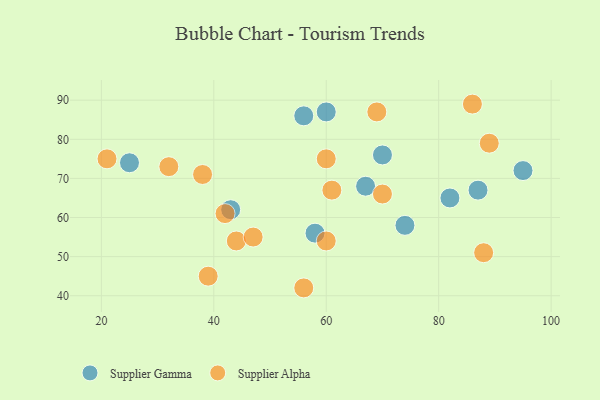
{"axis": {"x": "GDP", "y": "Life Expectancy"}, "legend": ["Supplier Alpha", "Supplier Gamma"], "data": [{"x": "70", "y": 76, "type": "Supplier Gamma"}, {"x": "58", "y": 56, "type": "Supplier Gamma"}, {"x": "60", "y": 87, "type": "Supplier Gamma"}, {"x": "87", "y": 67, "type": "Supplier Gamma"}, {"x": "43", "y": 62, "type": "Supplier Gamma"}, {"x": "67", "y": 68, "type": "Supplier Gamma"}, {"x": "82", "y": 65, "type": "Supplier Gamma"}, {"x": "25", "y": 74, "type": "Supplier Gamma"}, {"x": "95", "y": 72, "type": "Supplier Gamma"}, {"x": "74", "y": 58, "type": "Supplier Gamma"}, {"x": "56", "y": 86, "type": "Supplier Gamma"}, {"x": "86", "y": 89, "type": "Supplier Alpha"}, {"x": "69", "y": 87, "type": "Supplier Alpha"}, {"x": "56", "y": 42, "type": "Supplier Alpha"}, {"x": "60", "y": 54, "type": "Supplier Alpha"}, {"x": "42", "y": 61, "type": "Supplier Alpha"}, {"x": "70", "y": 66, "type": "Supplier Alpha"}, {"x": "44", "y": 54, "type": "Supplier Alpha"}, {"x": "61", "y": 67, "type": "Supplier Alpha"}, {"x": "32", "y": 73, "type": "Supplier Alpha"}, {"x": "21", "y": 75, "type": "Supplier Alpha"}, {"x": "39", "y": 45, "type": "Supplier Alpha"}, {"x": "38", "y": 71, "type": "Supplier Alpha"}, {"x": "60", "y": 75, "type": "Supplier Alpha"}, {"x": "89", "y": 79, "type": "Supplier Alpha"}, {"x": "88", "y": 51, "type": "Supplier Alpha"}, {"x": "47", "y": 55, "type": "Supplier Alpha"}]}